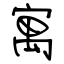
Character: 寓